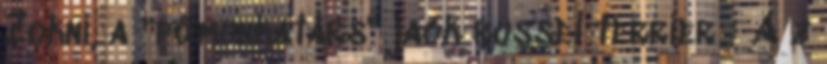
Zokni, a "főmunkatárs" jack russel terrier : A z